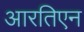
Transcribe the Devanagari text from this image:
आरतिएन